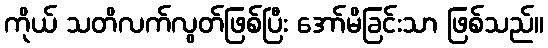
ကိုယ် သတိလက်လွတ်ဖြစ်ပြီး အော်မိခြင်းသာ ဖြစ်သည်။